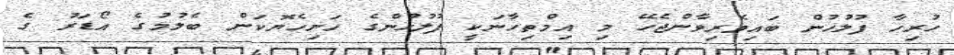
ހުރިހާ ފުލުހުން ބައިވެރިވާންޖެހޭ މި އިމްތިހާނަކީ ފުލުހުންގެ ހަށިހެޔޮކަން ބެލުމުގެ އޯޑަރު ގެ